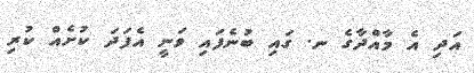
އަދި އެ މާއްދާގެ ނ. ގައި ބުނެފައި ވަނީ އެފަދަ ކުށެއް ކުރި